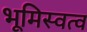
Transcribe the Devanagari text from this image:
भूमिस्वत्व